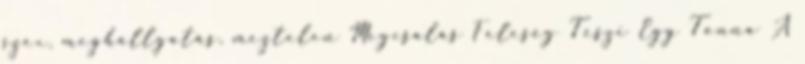
szex, meghallgatás, meztelen Megcsalás Feleség Teszi Egy Tonna A